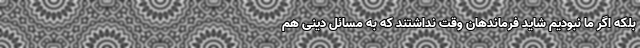
بلکه اگر ما نبودیم شاید فرماندهان وقت نداشتند که به مسائل دینی هم